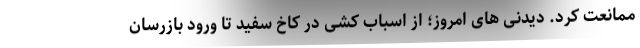
ممانعت کرد. دیدنی های امروز؛ از اسباب کشی در کاخ سفید تا ورود بازرسان